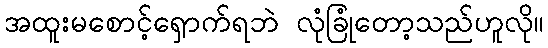
အထူးမစောင့်ရှောက်ရဘဲ လုံခြုံတော့သည်ဟူလို။